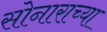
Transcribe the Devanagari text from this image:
सोनाराच्या